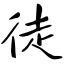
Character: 徒